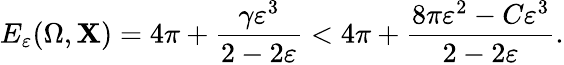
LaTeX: E_{\varepsilon}(\Omega,\mathbf{X})=4\pi+\frac{{\gamma\varepsilon^{3}}}{{2-2\varepsilon}}<4\pi+\frac{{8\pi\varepsilon^{2}-C\varepsilon^{3}}}{{2-2\varepsilon}}.